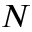
N